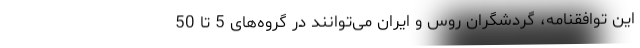
این توافقنامه، گردشگران روس و ایران می‌توانند در گروه‌های 5 تا 50